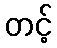
တင့်